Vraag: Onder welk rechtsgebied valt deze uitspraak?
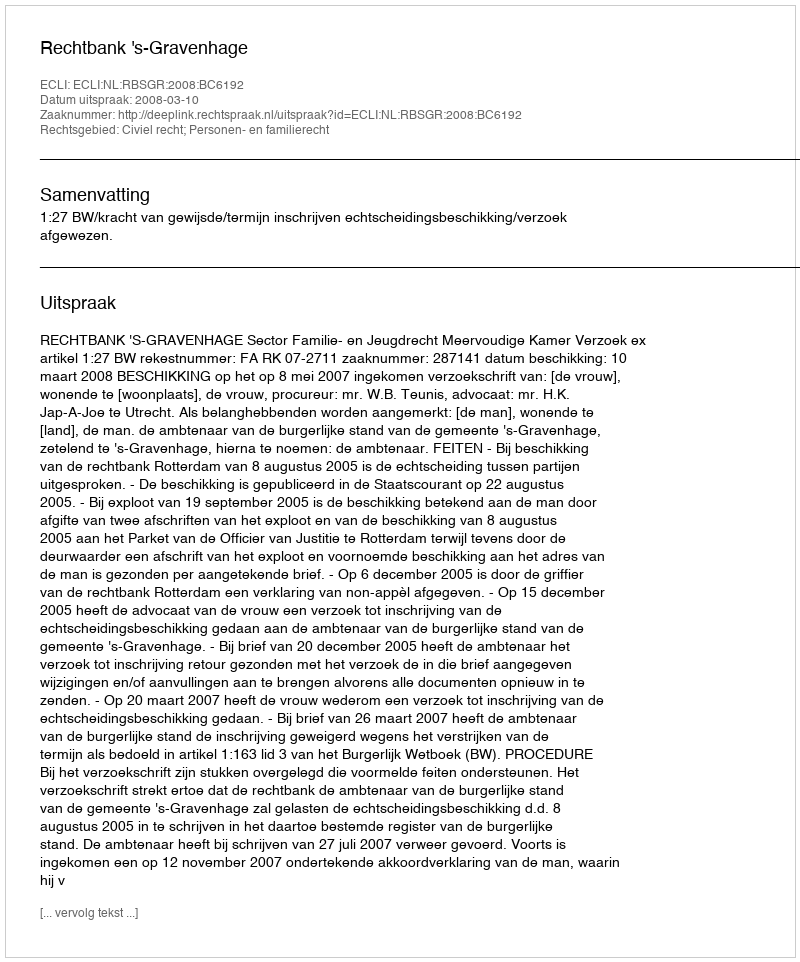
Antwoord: Civiel recht; Personen- en familierecht